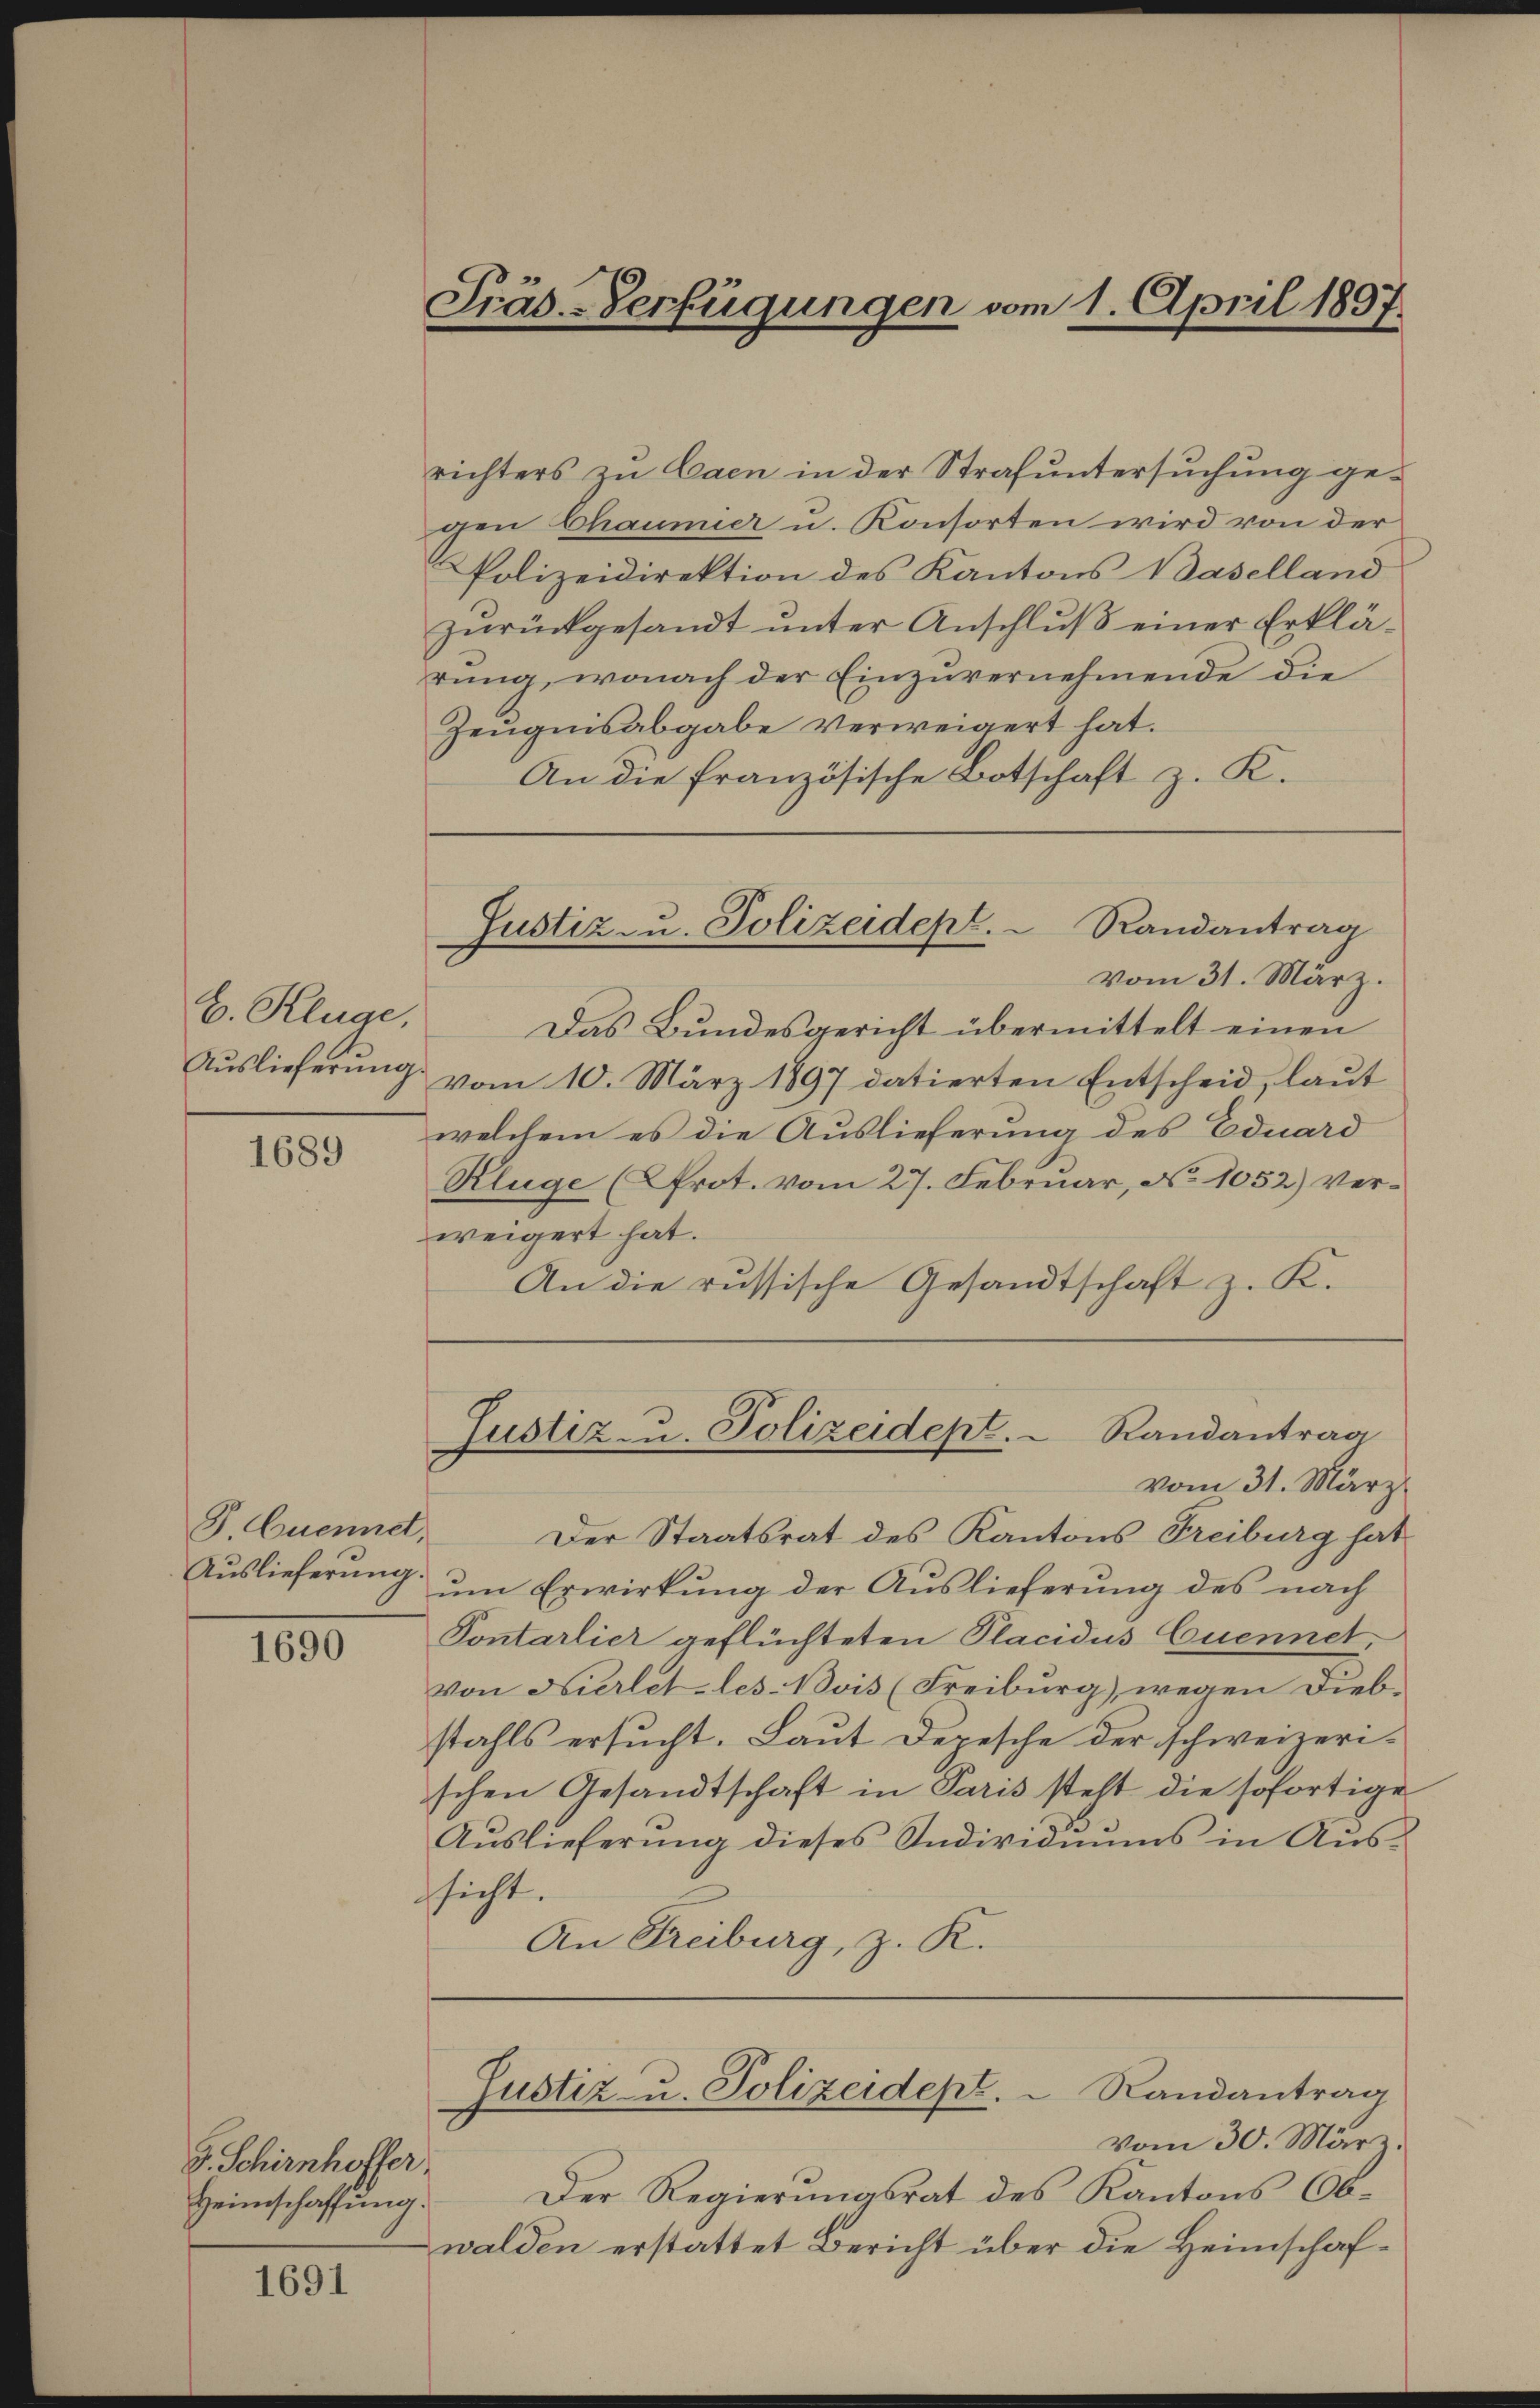
C. Kluge,
Auslieferung.

1689

8 Cuennet,
Auslieferung.

1690

g. Schirnhoffer,
Heimschaffung.

1691

Präs.-Verfügungen vom 1. April 1897.

richters zu Caen in der Strafuntersuchung gegen Chaumier u. Konsorten wird von der
Polizeidirektion des Kantons Baselland
zurückgesandt unter Anschluß einer Erklärung, wonach der Einzuvernehmende die
Zeugensabgabe verweigert hat.
An die französische Botschaft z. K.

Das Bundesgericht übermittelt einen
vom 10. März 1897 datierten Entscheid, laut
welchem es die Auslieferung des Eduard
Kluge (Prot. vom 27. Februar, No 1052) verweigert hat.
An die russische Gesandtschaft z. K.

Justiz- u. Polizeidept. Randantrag
vom 31. März.

Justiz- u. Polizeidept.  Randantrag
vom 31. März

Der Staatsrat des Kantons Freiburg hat
um Erwirkung der Auslieferung des nach
Pontarlier geflüchteten Placidus Cuennet,
von Nierlet les Bois (Freiburg), wegen Dieb-
stahls ersucht. Laut Depesche der schweizeri-
schen Gesandtschaft in Paris steht die sofortige
Aŭslieferŭng dieses Individuums in Aŭs-
ssicht.
An Freiburg, z. K.

Justiz u. Polizeidept. Randantrag
vom 30. März.

Der Regierungsrat des Kantons Obwalden erstattet Bericht über die Heimschaf¬